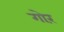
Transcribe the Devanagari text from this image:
गोरं